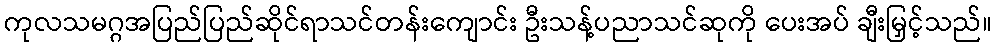
ကုလသမဂ္ဂအပြည်ပြည်ဆိုင်ရာသင်တန်းကျောင်း ဦးသန့်ပညာသင်ဆုကို ပေးအပ် ချီးမြှင့်သည်။